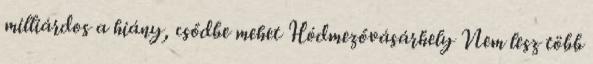
milliárdos a hiány, csődbe mehet Hódmezővásárhely Nem lesz több